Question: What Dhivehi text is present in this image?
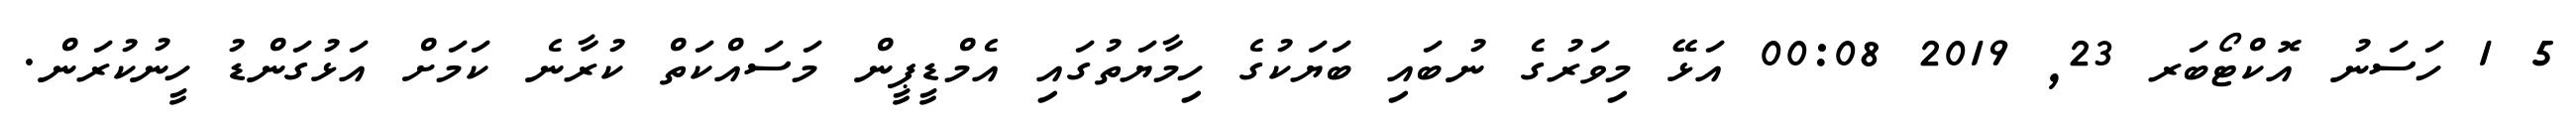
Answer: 5 1 ހަސަނު އޮކްޓޯބަރ 23, 2019 00:08 އަޅޭ މިވަރުގެ ނުބައި ބަޔަކުގެ ހިމާޔަތުގައި އެމްޑީޕީން މަސައްކަތް ކުރާނެ ކަމަށް އަޅުގަންޑު ހީނުކުރަން.